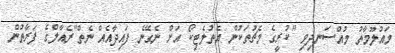
މައުލޫމާތު މުއްސަނދިވި "ކުރީގެ މެޗުތަކުން އެތުލެޓިކޯ އަށް ނެގޭނެ ފައިދާއެއް ނެތް"ރެއާލްގެ ފަރާތުން